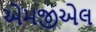
એમજીએલ